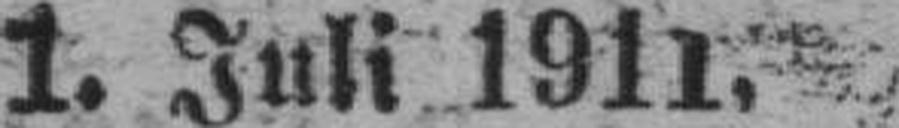
1. Juli 1911.